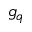
g _ { q }